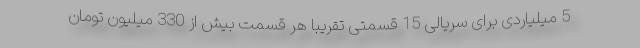
5 میلیاردی برای سریالی 15 قسمتی تقریبا هر قسمت بیش از 330 میلیون تومان